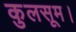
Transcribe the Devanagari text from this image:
कुलसूम।